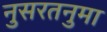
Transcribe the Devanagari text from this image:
नुसरतनुमा